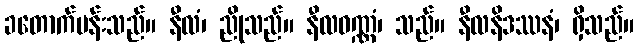
ခတောက်ပန်းသည်။ နီလံ၊ ညိုသည်။ နီလဝဏ္ဏံ၊ သည်။ နီလနိဒဿနံ၊ ရှိသည်။